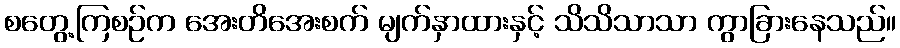
စတွေ့ကြစဉ်က အေးတိအေးစက် မျက်နှာထားနှင့် သိသိသာသာ ကွာခြားနေသည်။